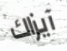
آيزاك